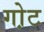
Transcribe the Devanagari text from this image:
गो़ट